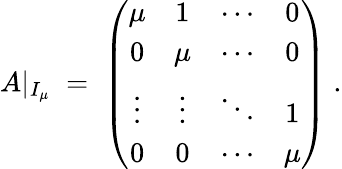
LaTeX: A|_{I_{\mu}}\; =\; \left(\begin{array}{cccc}{{\mu}}&{{1}}&{{\cdots}}&{{0}}\\ {{0}}&{{\mu}}&{{\cdots}}&{{0}}\\ {{\vdots}}&{{\vdots}}&{{\ddots}}&{{1}}\\ {{0}}&{{0}}&{{\cdots}}&{{\mu}}\end{array}\right)\; .